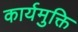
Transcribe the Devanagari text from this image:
कार्यमुक्ति